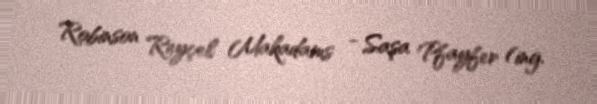
Robinson Reyçel Makadams - Saşa Pfayfer (ing.